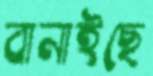
বানাইছে